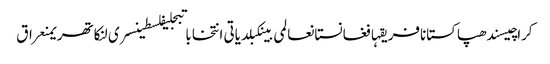
کراچیسندھپاکستانافریقہافغانستانعالمی بینکبلدیاتی انتخاباتبجلیفلسطینسری لنکاتھریمنعراق